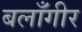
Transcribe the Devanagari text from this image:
बलाँगीर